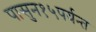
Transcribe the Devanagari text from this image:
पासुन१५पर्यन्त